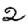
Digit: 2